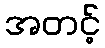
အတင့်